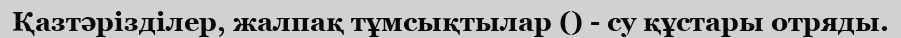
Қазтәрізділер, жалпақ тұмсықтылар () - су құстары отряды.